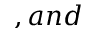
, a n d